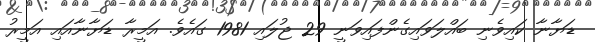
ޑަޔާނާ ކައިވެނި ބައްލަވައިގެންފައިވަނީ 29 ޖުލައި 1981 ގައެވެ. އަމީރާ ޑަޔާނާއައި އަމީރު